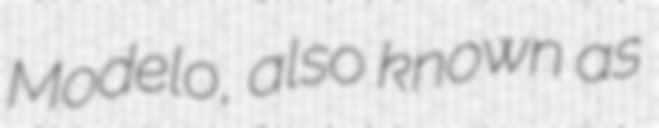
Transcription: Modelo, also known as